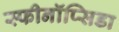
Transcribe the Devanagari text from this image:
स्फीनॉप्सिडा